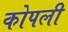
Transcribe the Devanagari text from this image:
कोपली